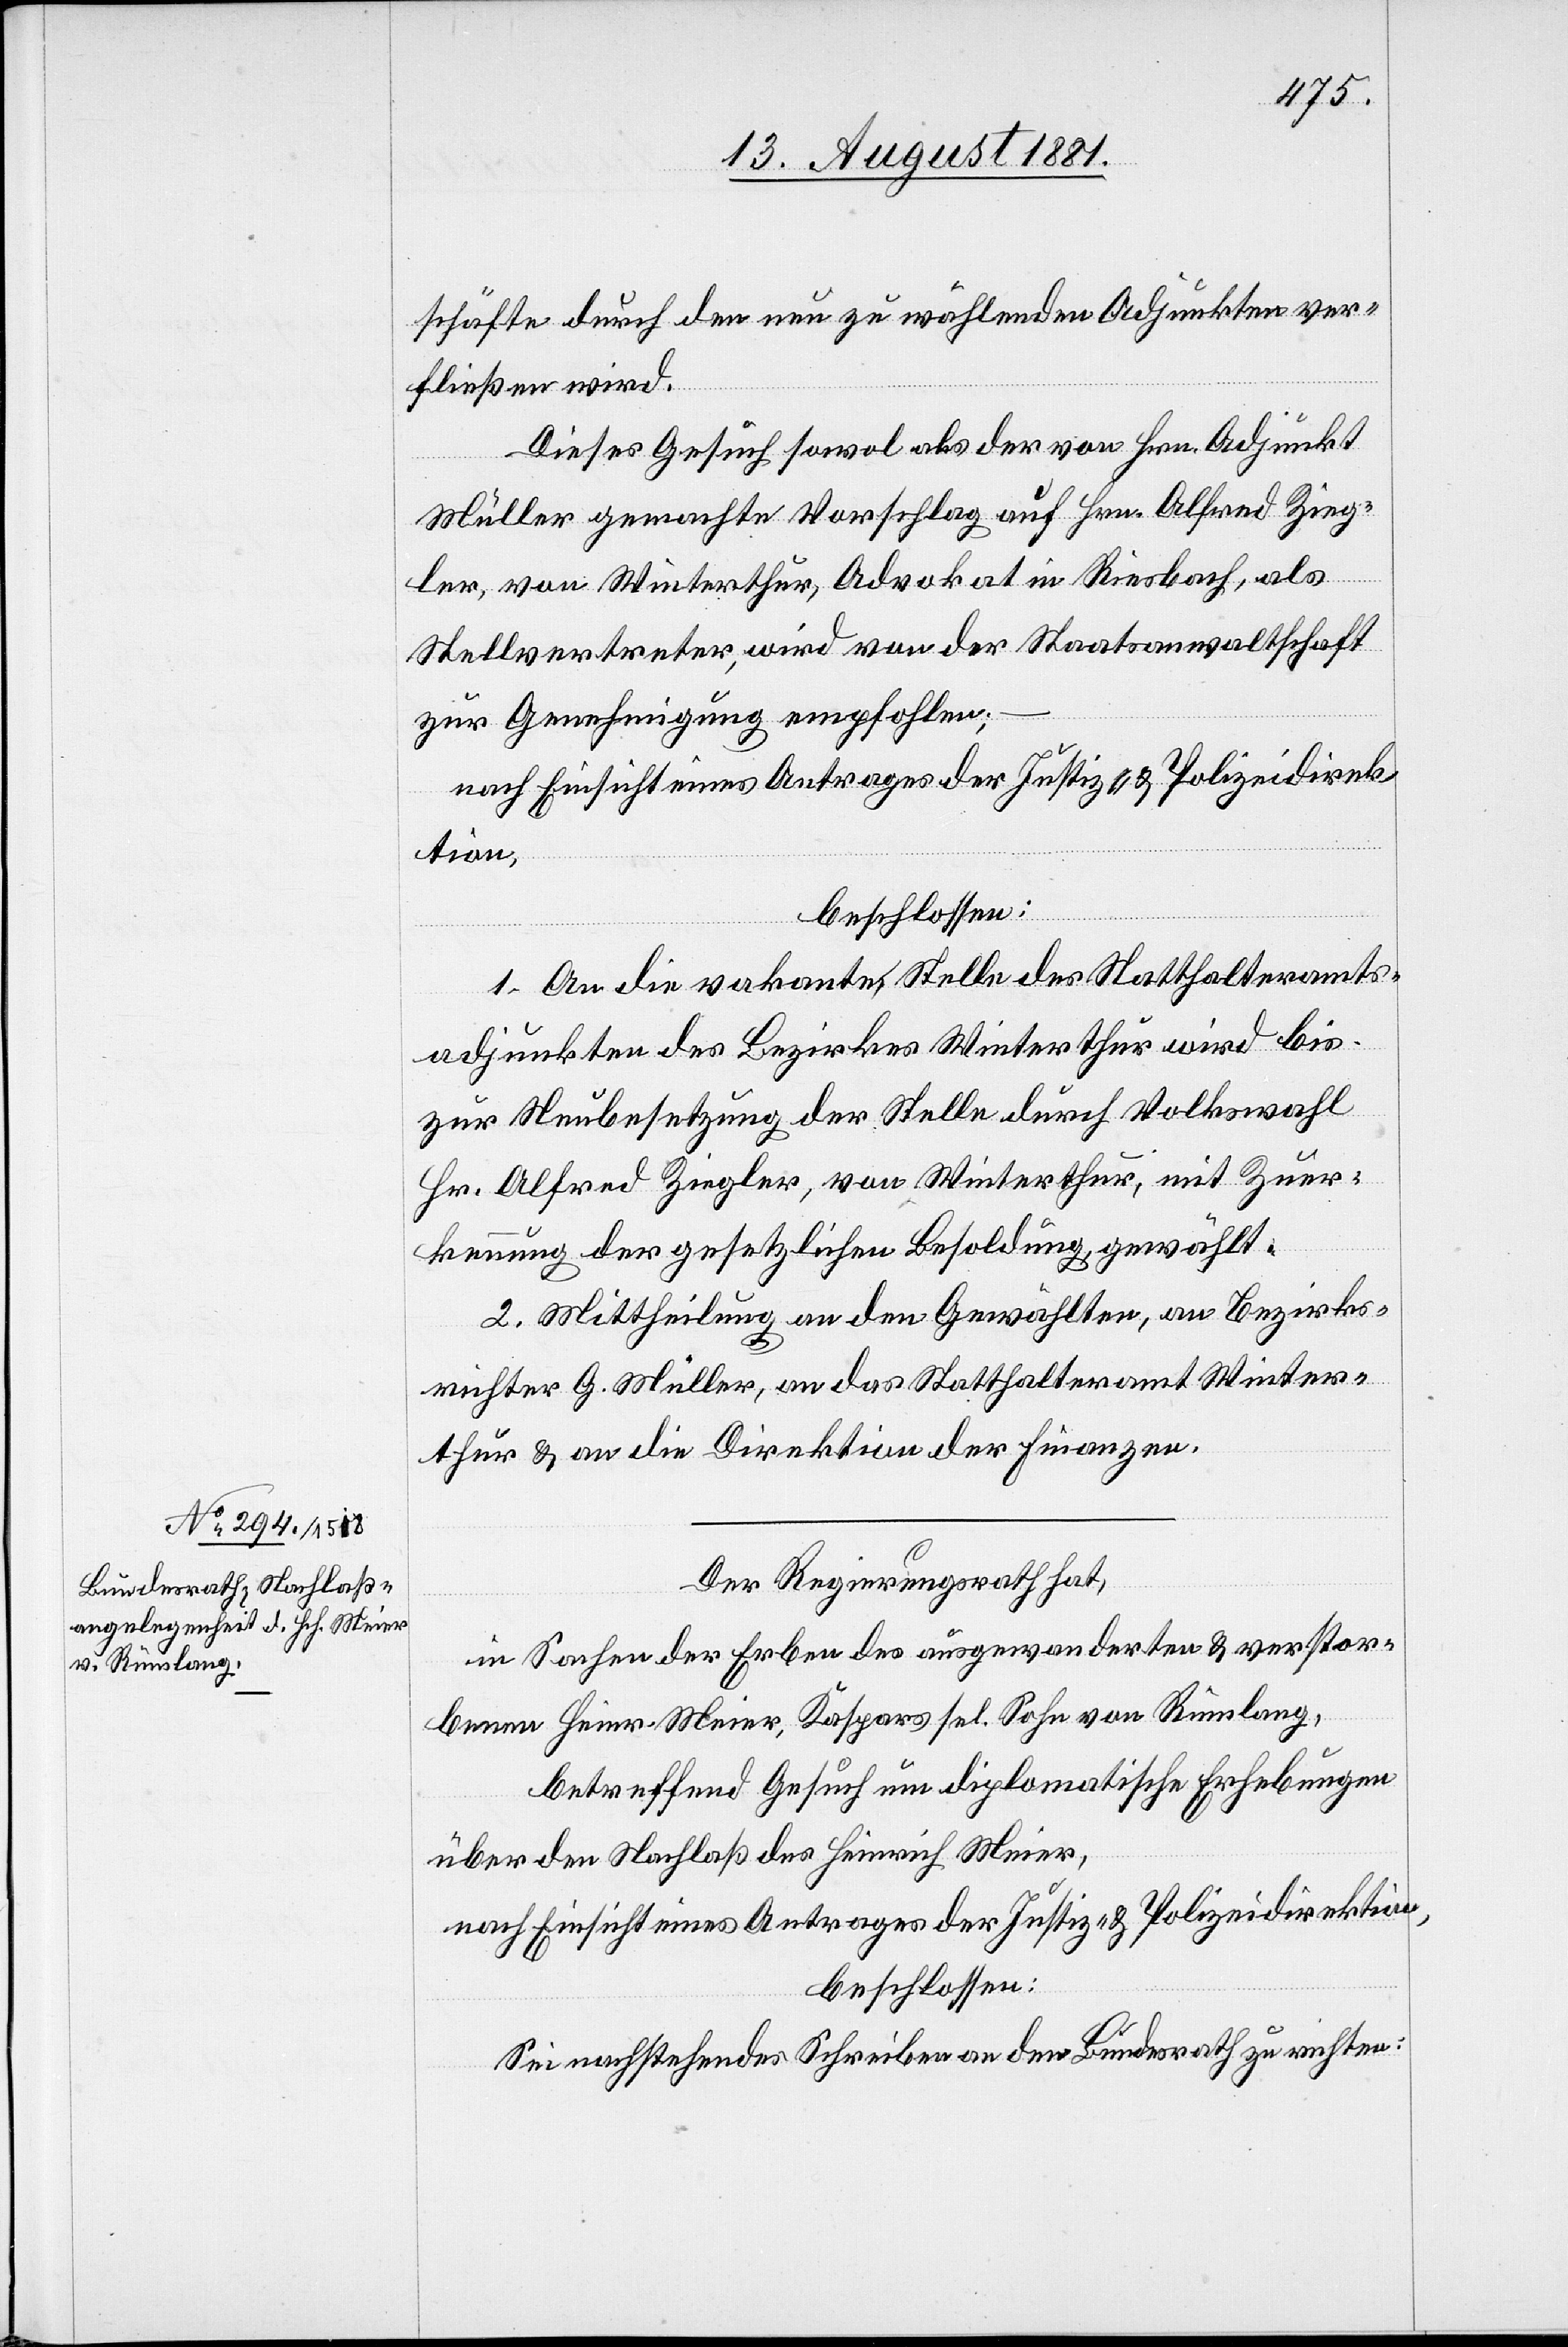
schäfte durch den neu zu wählenden Adjunkten ver¬
fließen wird.
Dieses Gesuch sowol als der von Hrn. Adjunkt
Müller gemachte Vorschlag auf Hrn. Alfred Zieg¬
ler, von Winterthur, Advokat in Riesbach, als
Stellvertreter, wird von der Staatsanwaltschaft
zur Genehmigung empfohlen;
1. An die vakante Stelle des Statthalteramts¬
adjunkten des Bezirkes Winterthur wird bis
zur Neubesetzung der Stelle durch Volkswahl
Hr. Alfred Ziegler, von Winterthur, mit Zuer¬
kennung der gesetzlichen Besoldung, gewählt.
2. Mittheilung an den Gewählten, an Bezirks¬
richter G. Müller, an das Statthalteramt Winter¬
thur & an die Direktion der Finanzen.
Der Regierungsrath hat,
in Sachen der Erben des ausgewanderten & verstor¬
benen Heiner. Meier, Kaspars sel. Sohn von Rümlang,
betreffend Gesuch um diplomatische Erhebungen
über den Nachlaß des Heinrich Meier,
nach Einsicht eines Antrages der Justiz- & Polizeidirektion,
beschlossen:
Sei nachstehendes Schreiben an den Bundesrath zu richten: